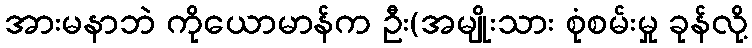
အားမနာဘဲ ကိုယောမာန်က ဦး(အမျိုးသား စုံစမ်းမှု ခုန်လို့